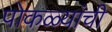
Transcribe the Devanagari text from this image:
पोकळ्यांची